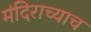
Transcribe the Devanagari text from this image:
मंदिराच्याच